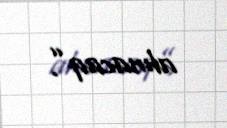
alınacaq”.